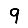
Digit: 9